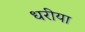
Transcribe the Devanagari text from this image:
धरीया